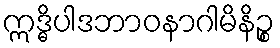
ဣဒ္ဓိပါဒဘာဝနာဂါမိနိဉ္စ